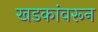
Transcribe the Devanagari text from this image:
खडकांवरून